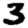
Digit: 3